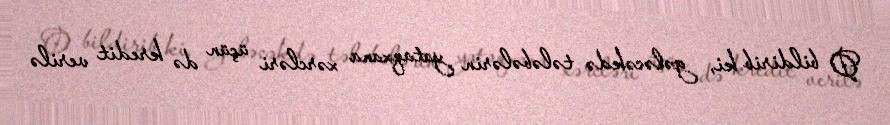
O bildirib ki, gələcəkdə tələbələrin yataqxana xərcləri üçün də kredit verilə